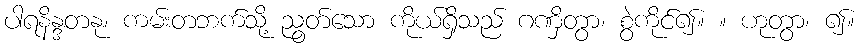
ပါရနိန္ဒတနု၊ ကမ်းတဘက်သို့ ညွတ်သော ကိုယ်ရှိသည် ဂဏှိတွာ၊ စွဲကိုင်၍။ ။ ဟုတွာ၊ ၍။